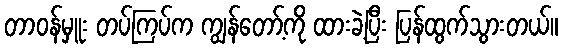
တာဝန်မှူး တပ်ကြပ်က ကျွန်တော့်ကို ထားခဲ့ပြီး ပြန်ထွက်သွားတယ်။